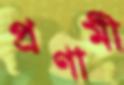
প্রণামী